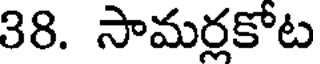
38. సామర్లకోట